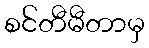
စင်တီမီတာမှ